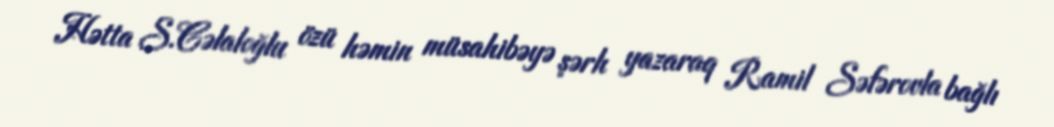
Hətta S.Cəlaloğlu özü həmin müsahibəyə şərh yazaraq Ramil Səfərovla bağlı